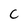
Character: C